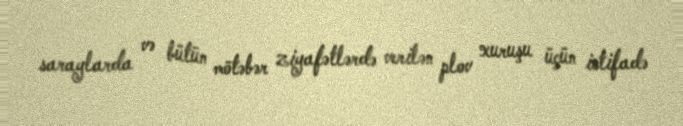
saraylarda və bütün mötəbər ziyafətlərdə verilən plov xuruşu üçün istifadə